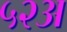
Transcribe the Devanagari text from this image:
५२अ